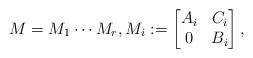
LaTeX: \begin{align*} M = M_1 \cdots M_r, M_i := \begin{bmatrix} A_i & C_i \\ 0& B_i \\ \end{bmatrix}, \end{align*}